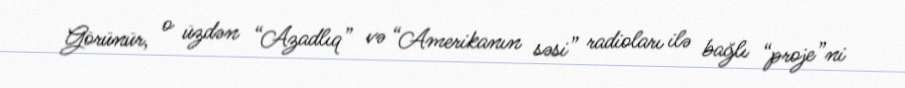
Görünür, o üzdən “Azadlıq” və “Amerikanın səsi” radioları ilə bağlı “proje”ni